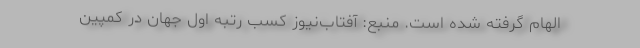
الهام گرفته شده است. منبع: آفتاب‌نیوز کسب رتبه اول جهان در کمپین